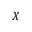
X